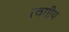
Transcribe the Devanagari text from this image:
त्वगीय